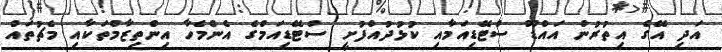
އަދި އޭގެ އިތުރުން އައްޑޫ ސްޓޭޑިއަމާއި ކުޅުދުއްފުށީ ސްޓޭޑިއަމްގެ އެންމެހާ އިންތިޒާމްތަކާއި މެޗުތައް